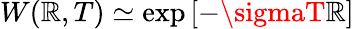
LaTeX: W(\mathbb{R},T)\simeq\exp\left[-\sigmaT\mathbb{R}\right]